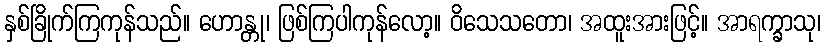
နှစ်ခြိုက်ကြကုန်သည်။ ဟောန္တု၊ ဖြစ်ကြပါကုန်လော့။ ဝိသေသတော၊ အထူးအားဖြင့်။ အာရက္ခာသု၊